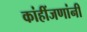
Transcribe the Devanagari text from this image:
कांहींजणांनी